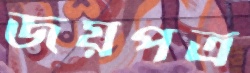
জয়পত্র